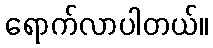
ရောက်လာပါတယ်။